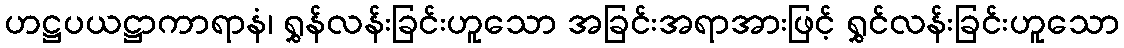
ဟဋ္ဌပယဋ္ဌာကာရာနံ၊ ရွှန်လန်းခြင်းဟူသော အခြင်းအရာအားဖြင့် ရွှင်လန်းခြင်းဟူသော